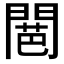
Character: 𮤕